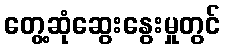
တွေ့ဆုံဆွေးနွေးမှုတွင်